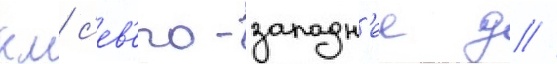
км с'ев'еро-западн'ее д //